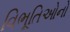
વિભૂતિઓનો